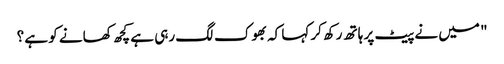
" میں نے پیٹ پر ہاتھ رکھ کر کہا کہ بھوک لگ رہی ہے کچھ کھانے کو ہے ؟